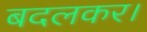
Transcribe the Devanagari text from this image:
बदलकर।